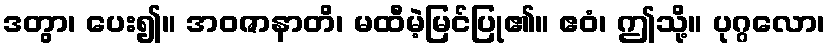
ဒတွာ၊ ပေး၍။ အဝဇာနာတိ၊ မထီမဲ့မြင်ပြု၏။ ဧဝံ၊ ဤသို့။ ပုဂ္ဂလော၊